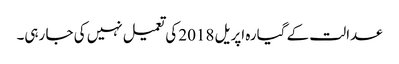
عدالت کے گیارہ اپریل 2018 کی تعمیل نہیں کی جا رہی۔